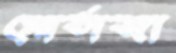
মোর্তাজা